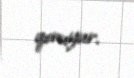
qoruyur.